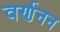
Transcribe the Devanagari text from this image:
वर्णनन